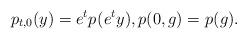
LaTeX: \begin{align*}p_{t,0}(y)=e^{t}p_{}(e^ty),p(0,g)=p_{}(g).\end{align*}